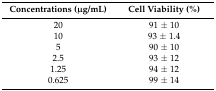
<table><thead><tr><td><b>Concentrations (μg/mL)</b></td><td><b>Cell Viability (%)</b></td></tr></thead><tbody><tr><td>20</td><td>91 ± 10</td></tr><tr><td>10</td><td>93 ± 1.4</td></tr><tr><td>5</td><td>90 ± 10</td></tr><tr><td>2.5</td><td>93 ± 12</td></tr><tr><td>1.25</td><td>94 ± 12</td></tr><tr><td>0.625</td><td>99 ± 14</td></tr></tbody></table>